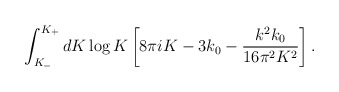
\begin{align*} \int_{K_{-}}^{K_+} dK \log K \left[8\pi i K - 3 k_0 -\frac{k^2 k_0}{16\pi^2K^2}\right].\end{align*}